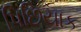
પિછિયાક